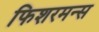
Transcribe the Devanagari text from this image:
फिशरमन्स